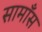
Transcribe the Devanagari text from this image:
सामाँस